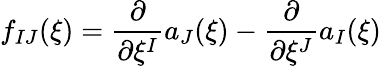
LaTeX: f_{IJ}(\xi)=\frac{\partial}{\partial\xi^{I}}a_{J}(\xi)-\frac{\partial}{\partial\xi^{J}}a_{I}(\xi)